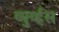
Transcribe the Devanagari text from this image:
व्युर्व्हस